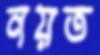
নয়ত